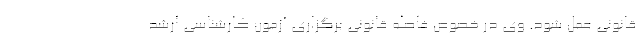
قانونی عمل شود. وی در خصوص فاصله قانونی برگزاری آزمون کارشناسی ارشد